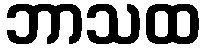
ဘာသထ